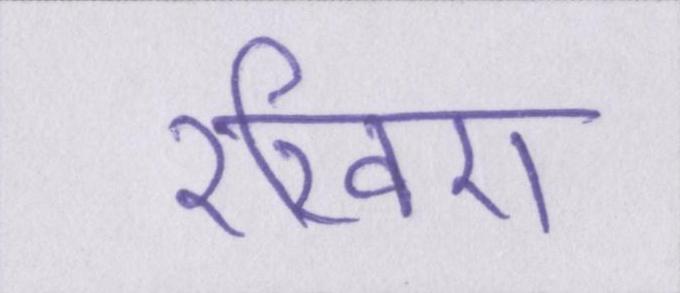
रखिए